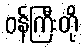
ဝန်ကြီးတို့